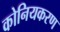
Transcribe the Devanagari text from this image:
कोनियकरण